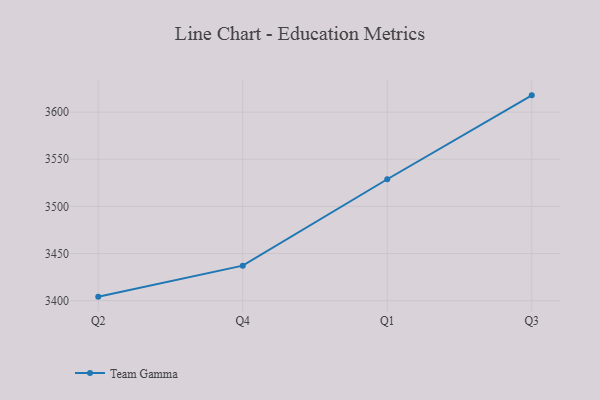
{"axis": {"x": "Quarter", "y": "Backlog"}, "legend": ["Team Gamma"], "data": [{"x": "Q2", "y": 3404.3, "type": "Team Gamma"}, {"x": "Q4", "y": 3437.2, "type": "Team Gamma"}, {"x": "Q1", "y": 3528.8, "type": "Team Gamma"}, {"x": "Q3", "y": 3617.8, "type": "Team Gamma"}]}